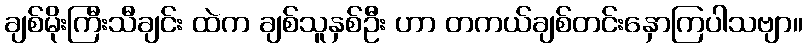
ချစ်မိုးကြီးသီချင်း ထဲက ချစ်သူနှစ်ဦး ဟာ တကယ်ချစ်တင်းနှောကြပါသဗျာ။